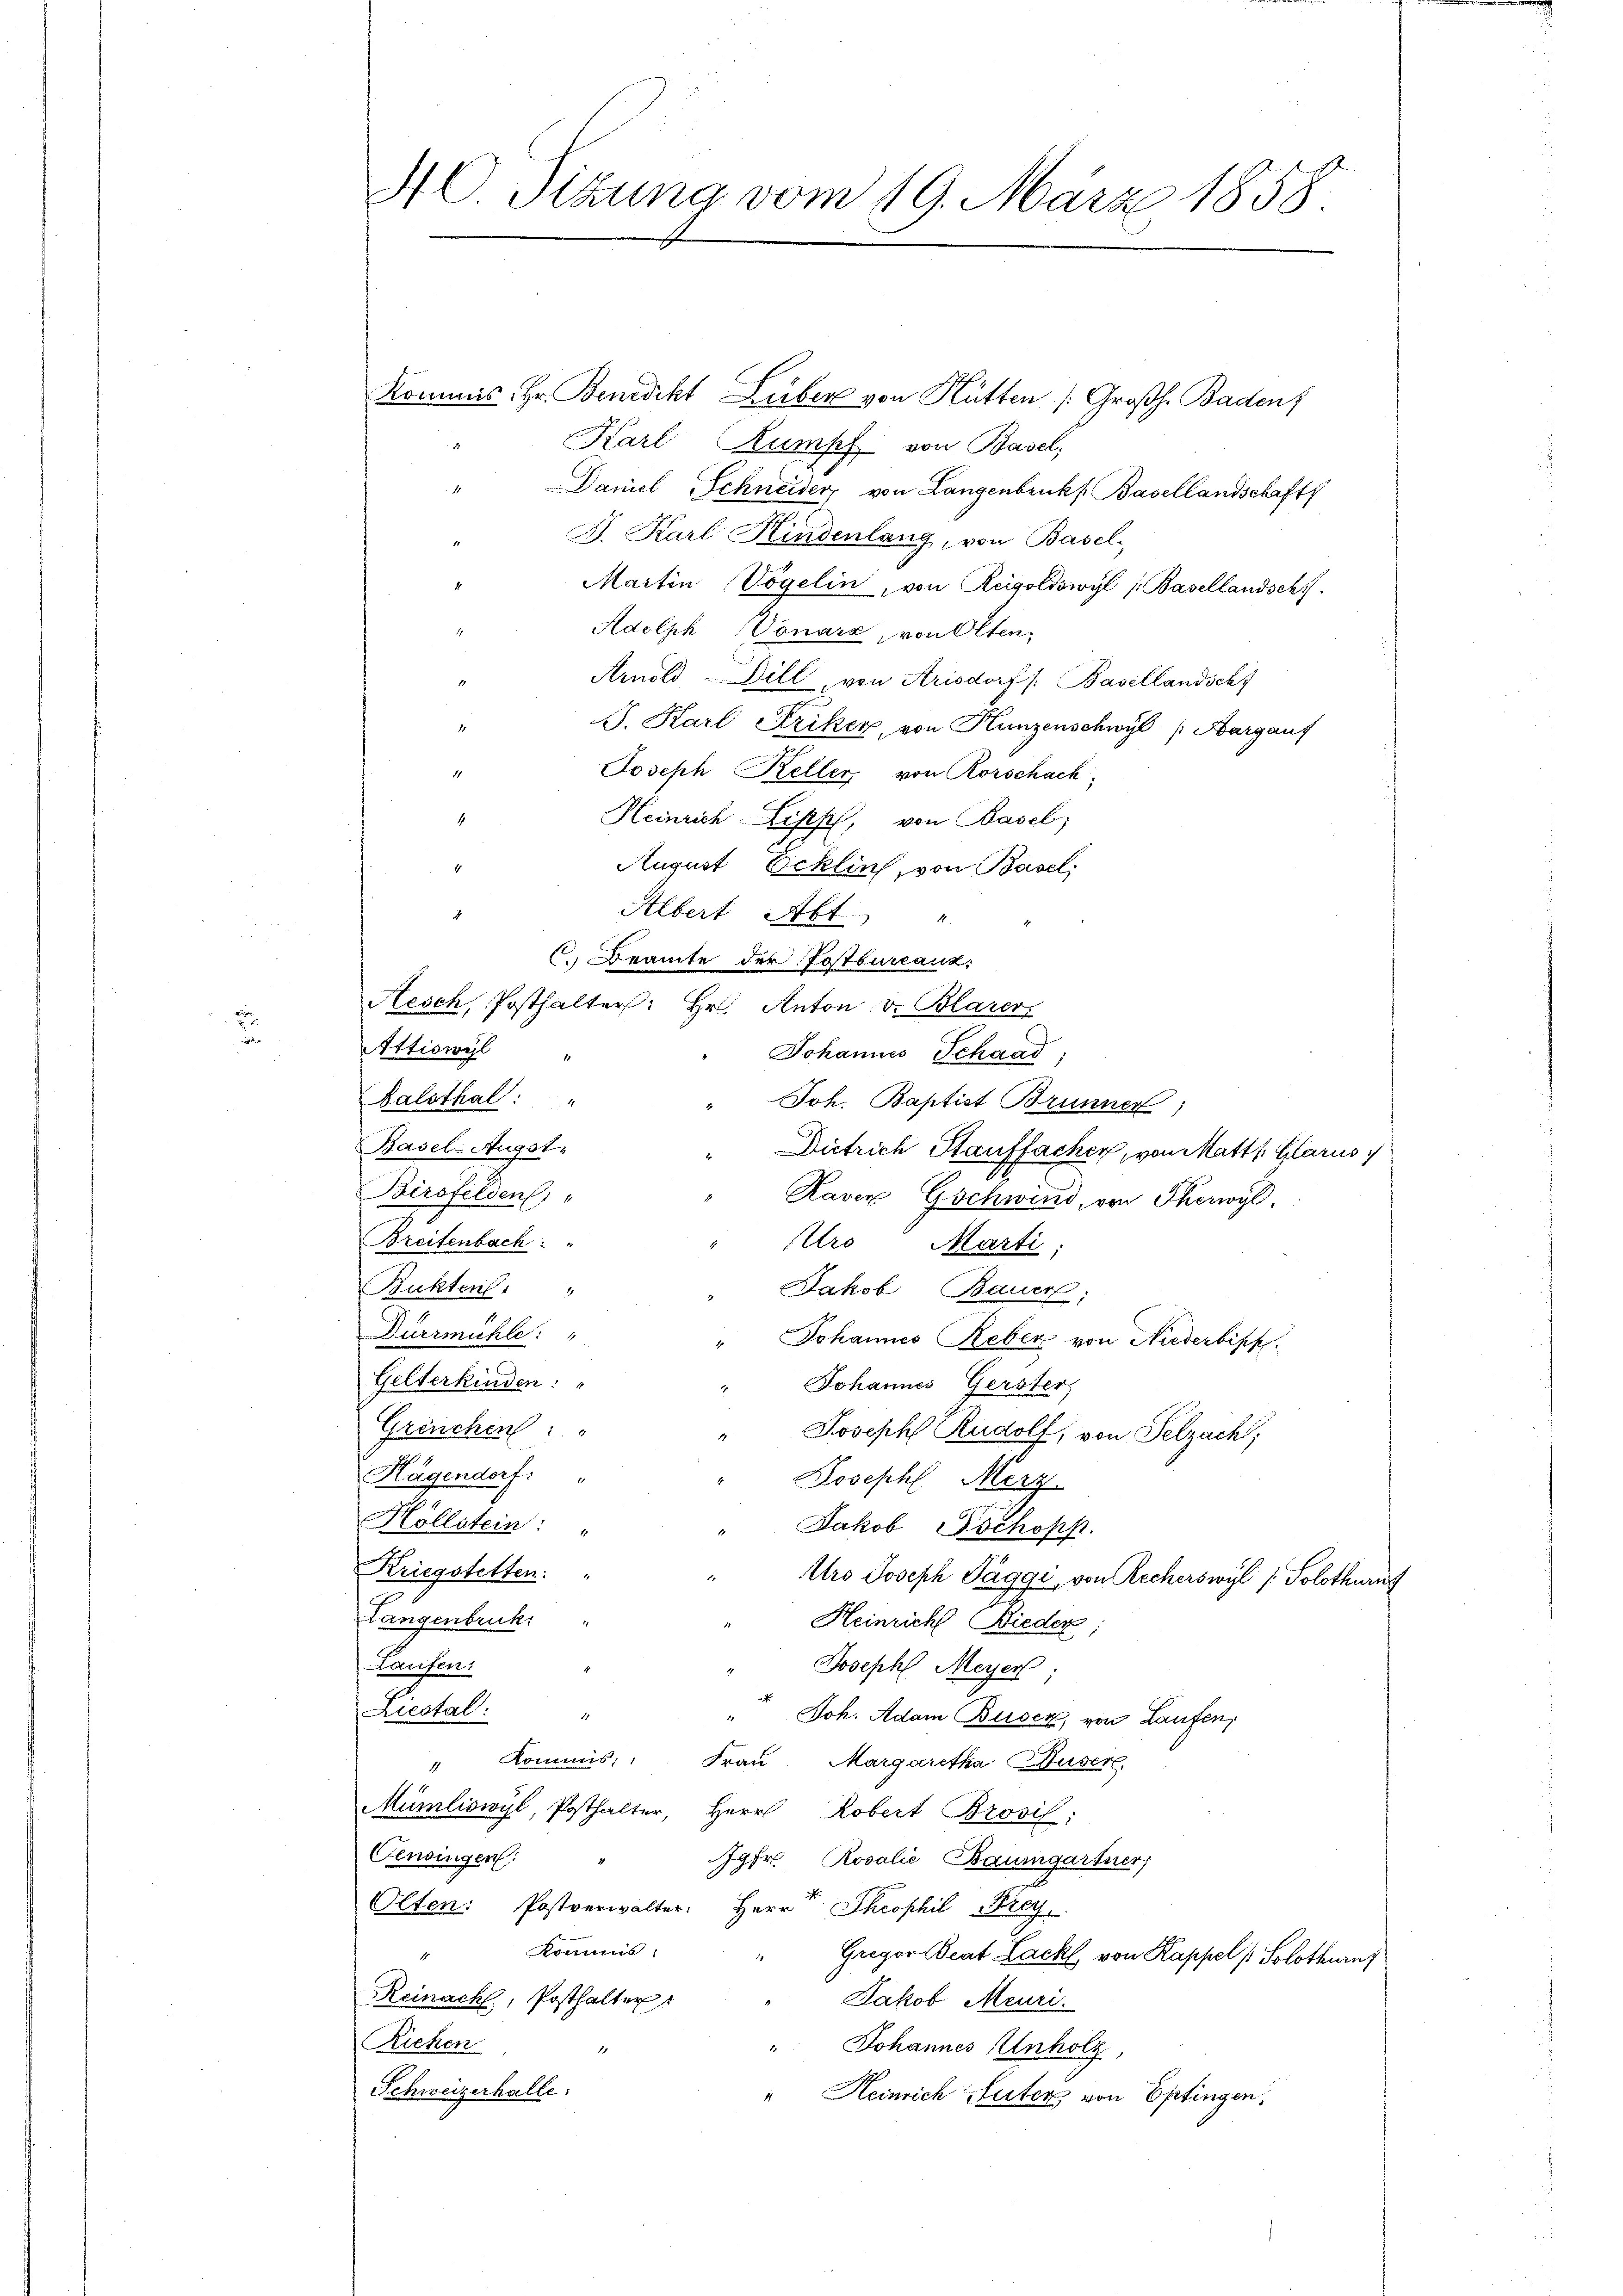
.

40 Sitzung vom 19. März 1858.

Kommis. Hr. Benedikt Lüber von Hütten (Großh. Baden,
Karl Rumpf von Basel;
" Daniel Schneider, von Langenbrucks Basellandschafts
B. Karl Kindenlang, von Basel-
Martin Vögelin, von Reigoldswyl (Basellandsch
Adolph Vonarz, von Olten
Arnold - Dill, von Arisdorf /: Basellandsch
15
J. Karl Striker, von Hunzenschwyl (Aargauf
1
Joseph Keller, von Rorschach,
Heinrich Lipps, von Basel,
1
.
August Ecklin, von Basel,
Albert Abt "
C. Beamte der Postburcand.
Nesch, Posthalter: Hr. Anton v. Blarer,
Attiswyl
Johannes Schaad;
Balsthal: "
Joh. Baptist Brunner,
Basel-Augst.
Dietrich Stauffacher, von Mattl. Glarus
Birsfelden,
Raven Gschwind, von Thorwyl,
Breitenbach: "
ro Marti,
Bukten "
Jakob Bauer,
Durrmühle: "
" Johannes Reber von Niederbipp.
Gelterkinden: "
Johannes Gersters
Greuchen: "
" Joseph Rudolf, von Selzach,
Hagendorf: "
" Joseph Merz
Hollstein: "
Jakob schopp
Kriegstetten: "
Urs Joseph Päggi, von Recherswyl /: Solothurn
Langenbruck.
Heinrich Bieder
Laufen:
Joseph Meyer;
Liestal: "
" Joh. Adam Buser, von Laufen,
" Kommis, Frau Margaretha Huser
Mümliswyl, Posthalter, Herr Robert Brosil;
Censingen:
Jgfr. Rosalie Baumgartner
Olten Postverwalter. Herr Theophil Frey
Kommis
Gregor Beat Lack von Kappel (Solothurn
Reinach, Posthalter
Jakob Meuri.
Richen
" Johannes Anholz
Schweizerhalle:
" Heinrich Suter von Eptingen.